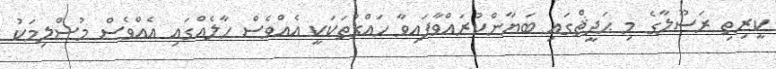
ކީރިތި ރަސޫލާގެ މި ޙަދީޘްގައި ބަޔާންކުރައްވާފައިވާ ހައްގުތަކަކީ އެއްވެސް ހާލެއްގައި އެއްވެސް މުސްލިމަކު